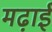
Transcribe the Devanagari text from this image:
मढ़ाई